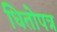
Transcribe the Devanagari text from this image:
धितोपत्र